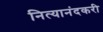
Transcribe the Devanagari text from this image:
नित्यानंदकरी